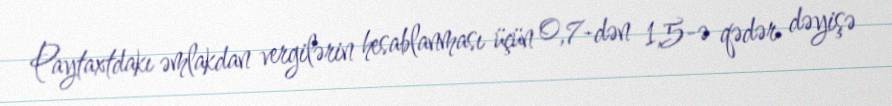
Paytaxtdakı əmlakdan vergilərin hesablanması üçün 0,7-dən 1,5-ə qədər dəyişə